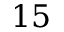
1 5